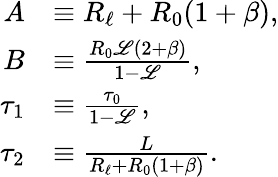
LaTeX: \begin{array}{rl}{A}&{\equiv R_{\ell}+R_{0}(1+\beta),}\\ {B}&{\equiv\frac{R_{0}\mathscr{L}(2+\beta)}{1-\mathscr{L}},}\\ {\tau_{1}}&{\equiv\frac{\tau_{0}}{1-\mathscr{L}},}\\ {\tau_{2}}&{\equiv\frac{L}{R_{\ell}+R_{0}(1+\beta)}.}\end{array}